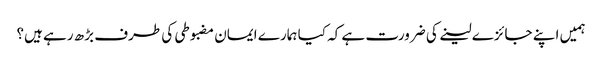
ہمیں اپنے جائزے لینے کی ضرورت ہے کہ کیا ہمارے ایمان مضبوطی کی طرف بڑھ رہے ہیں؟